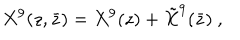
LaTeX: X ^ { 9 } ( z , \bar { z } ) = X ^ { 9 } ( z ) + { \tilde { X } } ^ { 9 } ( \bar { z } ) \ ,